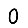
Digit: 0